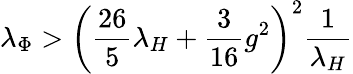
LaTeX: \lambda_{\Phi}>\left({\frac{26}{5}}\lambda_{H}+{\frac{3}{16}}g^{2}\right)^{2}{\frac{1}{\lambda_{H}}}